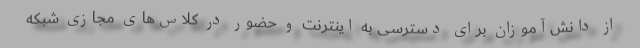
از دانش‌آموزان برای دسترسی به اینترنت و حضور در کلاس‌های مجازی شبکه